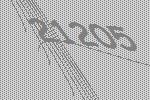
21205